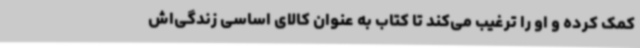
کمک کرده و او را ترغیب می‌کند تا کتاب به عنوان کالای اساسی زندگی‌اش